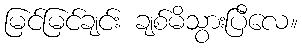
မြင်မြင်ချင်း ချစ်မိသွားပြီလေ။